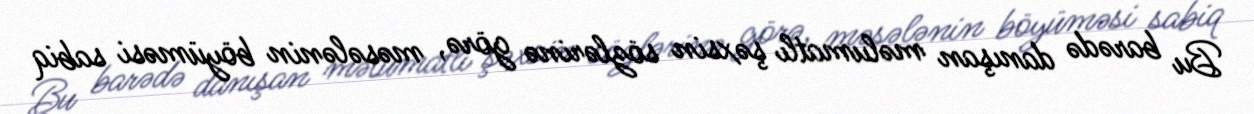
Bu barədə danışan məlumatlı şəxsin sözlərinə görə, məsələnin böyüməsi sabiq